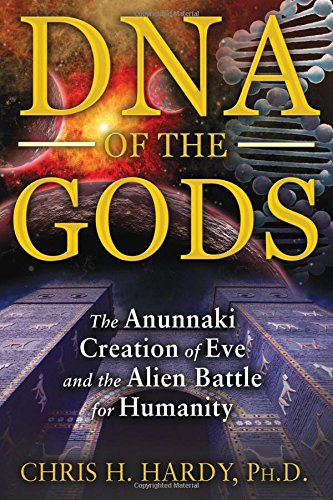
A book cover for DNA of the Gods: The Anunnaki Creation of Eve and the Alien Battle for Humanity; Chris H. Hardy Ph.D.; Science & Math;